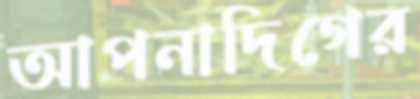
আপনাদিগের